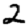
Digit: 2